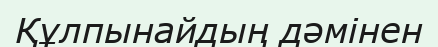
Құлпынайдың дәмінен